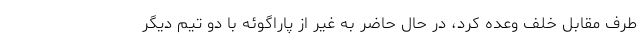
طرف مقابل خلف وعده کرد، در حال حاضر به غیر از پاراگوئه با دو تیم دیگر